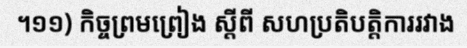
។១១) កិច្ចព្រមព្រៀង ស្តីពី សហប្រតិបត្តិការរវាង